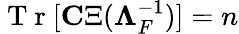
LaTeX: \mathrm{~T~r~}[{\mathbf C\Xi}({\mathbf\Lambda}_{F}^{-1})]=n